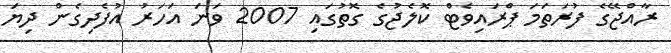
ރާއްޖޭގެ ފުރަތަމަ ޕްރައިވެޓް ކޮލެޖުގެ ގޮތުގައި 2007 ވަނަ އަހަރު އުފެދިގެން ދިޔަ